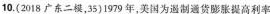
10.(2018广东二模，35)1979年，美国为遏制通货膨胀提高利率